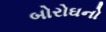
બોરોઘનો